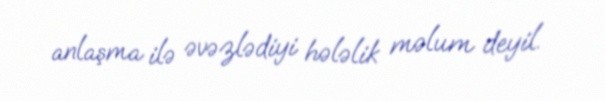
anlaşma ilə əvəzlədiyi hələlik məlum deyil.